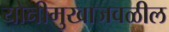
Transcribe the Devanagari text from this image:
योनीमुखाजवळील